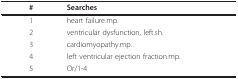
<table><thead><tr><td><b>#</b></td><td><b>Searches</b></td></tr></thead><tbody><tr><td>1</td><td>heart failure.mp.</td></tr><tr><td>2</td><td>ventricular dysfunction, left.sh.</td></tr><tr><td>3</td><td>cardiomyopathy.mp.</td></tr><tr><td>4</td><td>left ventricular ejection fraction.mp.</td></tr><tr><td>5</td><td>Or/1-4</td></tr></tbody></table>